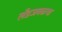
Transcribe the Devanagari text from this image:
लँडजवळचा